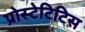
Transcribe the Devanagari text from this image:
प्रोस्टेटिटिस